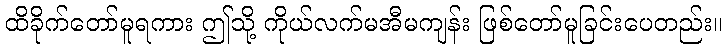
ထိခိုက်တော်မူရကား ဤသို့ ကိုယ်လက်မအီမကျန်း ဖြစ်တော်မူခြင်းပေတည်း။